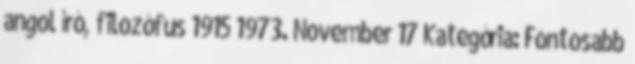
angol író, filozófus 1915 1973. November 17 Kategória: Fontosabb